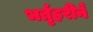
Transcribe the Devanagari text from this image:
भर्तृहरीने